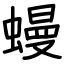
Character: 蟃